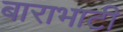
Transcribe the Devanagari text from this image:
बाराभाटी